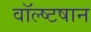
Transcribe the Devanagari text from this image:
वॉल्ष्टषान